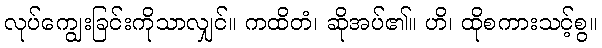
လုပ်ကျွေးခြင်းကိုသာလျှင်။ ကထိတံ၊ ဆိုအပ်၏။ ဟိ၊ ထိုစကားသင့်စွ။